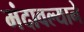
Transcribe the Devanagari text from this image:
मंदावल्याने